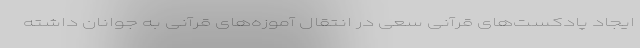
ایجاد پادکست‌های قرآنی سعی در انتقال آموزه‌های قرآنی به جوانان داشته